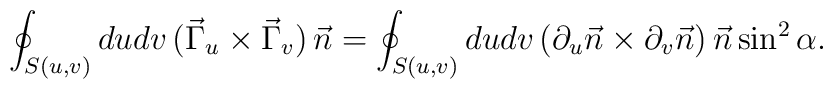
\oint_{S(u,v)} du dv \, ( \vec{\Gamma}_u \times \vec{\Gamma}_v ) \, \vec{n} = \oint_{S(u,v)} du dv \, ( \partial_u \vec{n} \times \partial_v \vec{n} ) \, \vec{n} \sin^2 \alpha .